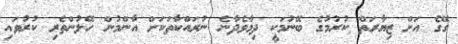
ގޭގެ އަށް ޒިޔާރަތް ކުރުމުގެ ބޭނުމަކީ ދިމާވެދާނެ ނުރައްކާތަކަށް އާންމުން ހޭލުންތެރި ކުރުވައި